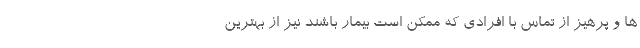
ها و پرهیز از تماس با افرادی که ممکن است بیمار باشند نیز از بهترین